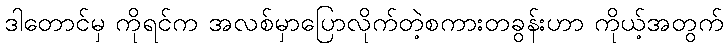
ဒါတောင်မှ ကိုရင်က အလစ်မှာပြောလိုက်တဲ့စကားတခွန်းဟာ ကိုယ့်အတွက်